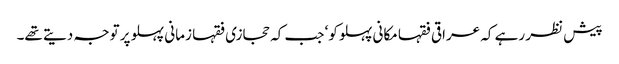
پیش نظر رہے کہ عراقی فقہا مکانی پہلو کو‘ جب کہ حجازی فقہا زمانی پہلو پر توجہ دیتے تھے۔